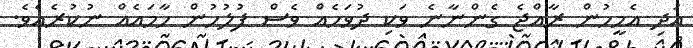
އަދި އެމީހުން ރާއްޖެ ގެންނާނެ ވަކި ދުވަހެއް ވެސް ފުލުހުން ހާމައެއް ނުކުރެއެވެ.